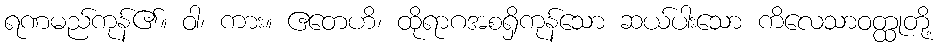
ရဏမည်ကုန်၏။ ဝါ၊ ကား။ ဧတေဟိ၊ ထိုရာဂအစရှိကုန်သော ဆယ်ပါးသော ကိလေသာဝတ္ထုတို့